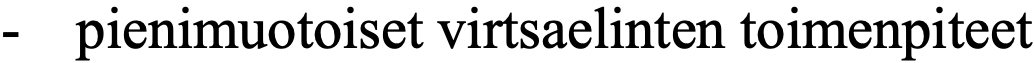
-  pienimuotoiset virtsaelinten toimenpiteet